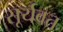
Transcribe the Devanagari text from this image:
सूर्यवत